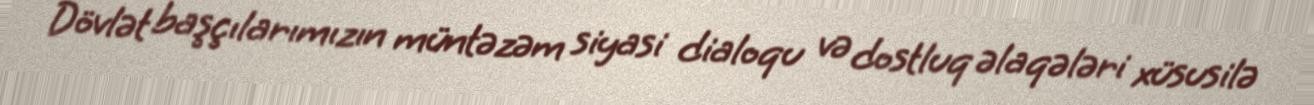
Dövlət başçılarımızın müntəzəm siyasi dialoqu və dostluq əlaqələri xüsusilə